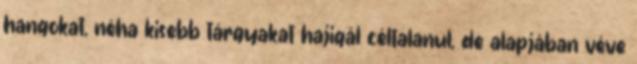
hangokat, néha kisebb tárgyakat hajigál céltalanul, de alapjában véve